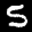
Label: 5